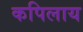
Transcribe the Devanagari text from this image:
कपिलाय